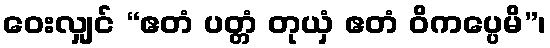
ဝေးလျှင် “ဧတံ ပတ္တံ တုယှံ ဧတံ ဝိကပ္ပေမိ”၊